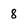
Character: 8